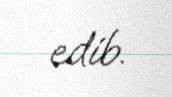
edib.